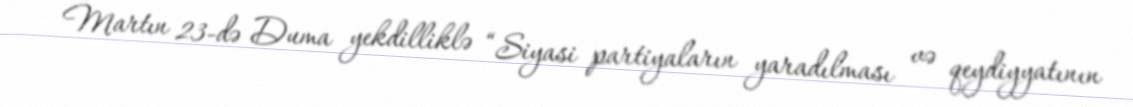
Martın 23-də Duma yekdilliklə “Siyasi partiyaların yaradılması və qeydiyyatının